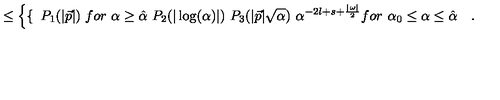
\leq \left\{ \begin{cases} { \ P _ { 1 } ( \vert \vec { p } \vert ) } & { f o r \ \alpha \geq \hat { \alpha } } \\ { \ P _ { 2 } ( \vert \log ( \alpha ) \vert ) \ P _ { 3 } ( \vert \vec { p } \vert \sqrt \alpha ) \ \alpha ^ { - 2 l + s + \frac { \vert \omega \vert } { 2 } } } & { f o r \ \alpha _ { 0 } \leq \alpha \leq \hat { \alpha } \quad . } \\ \end{cases} \right.